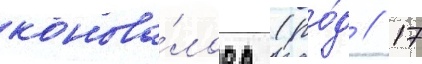
конова́лова (ро́д // 17